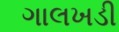
ગાલખડી